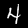
Digit: 4